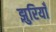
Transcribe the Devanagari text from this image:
झुरियाँ